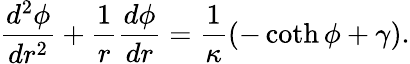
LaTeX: \frac{d^{2}\phi}{dr^{2}}+\frac{1}{r}\frac{d\phi}{dr}=\frac{1}{\kappa}\left(-\coth\phi+\gamma\right).